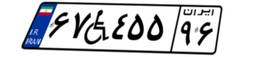
۴۸W۴۶۳۸۱